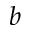
^ { b }